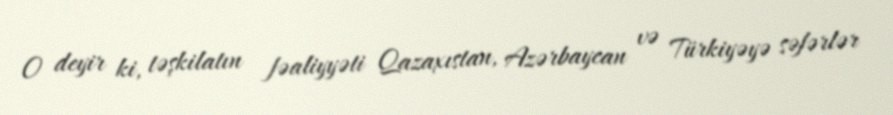
O deyir ki, təşkilatın fəaliyyəti Qazaxıstan, Azərbaycan və Türkiyəyə səfərlər